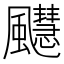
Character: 𫗆